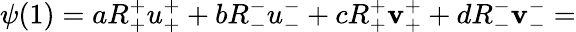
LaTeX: \psi(1)=aR_{+}^{+}u_{+}^{+}+bR_{-}^{-}u_{-}^{-}+cR_{+}^{+}\mathbf{v}_{+}^{+}+dR_{-}^{-}\mathbf{v}_{-}^{-}=